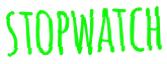
STOPWATCH